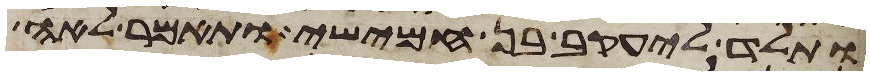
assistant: ותלד ליעקב בן חמישי ותאמר לאה